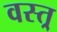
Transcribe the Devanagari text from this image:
वस्त्र्